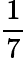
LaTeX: \frac{1}{7}